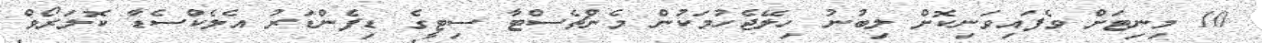
10 މިނިޓަށް ވެފައިވަނިކޮށް ލިބުނު ހިލޭޖެހުމަކުން މެންޗެސްޓާ ސިޓީގެ ޑިފެންޑަރު އެލެކްސެޑާ ކޮލަރޯވް